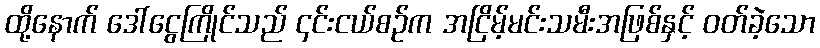
ထို့နောက် ဒေါ်ငွေကြိုင်သည် ၄င်းငယ်စဉ်က အငြိမ့်မင်းသမီးအဖြစ်နှင့် ဝတ်ခဲ့သော